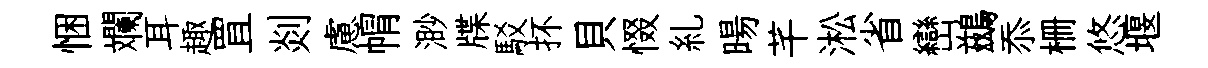
悃斕耳趣罝剡慮㡌渺牒駁抔貝惙糺暘芊淞省巒鷀忝栅悠堰